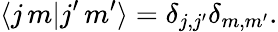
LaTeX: \langle j\, m|j^{\prime}\, m^{\prime}\rangle=\delta_{j,j^{\prime}}\delta_{m,m^{\prime}}.